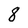
Character: 8